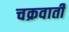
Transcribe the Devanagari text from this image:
चक्रवार्ती